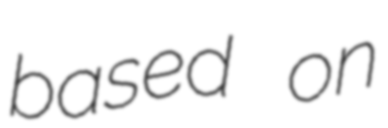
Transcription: based on